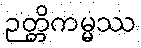
ဉတ္တိကမ္မဿ